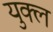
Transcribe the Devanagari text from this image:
युक्ल